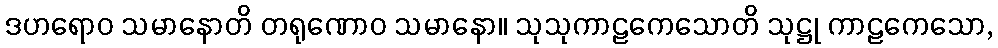
ဒဟရောဝ သမာနောတိ တရုဏောဝ သမာနော။ သုသုကာဠကေသောတိ သုဋ္ဌု ကာဠကေသော,